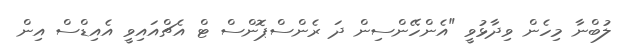
ލުބްނާ މިހެން ވިދާޅުވީ "އެންހޭންސިން ދަ ރެންސްޕޮންސް ޓް އެޗްއައިވީ އެއިޑްސް އިން